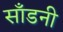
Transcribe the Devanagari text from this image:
साँडनी